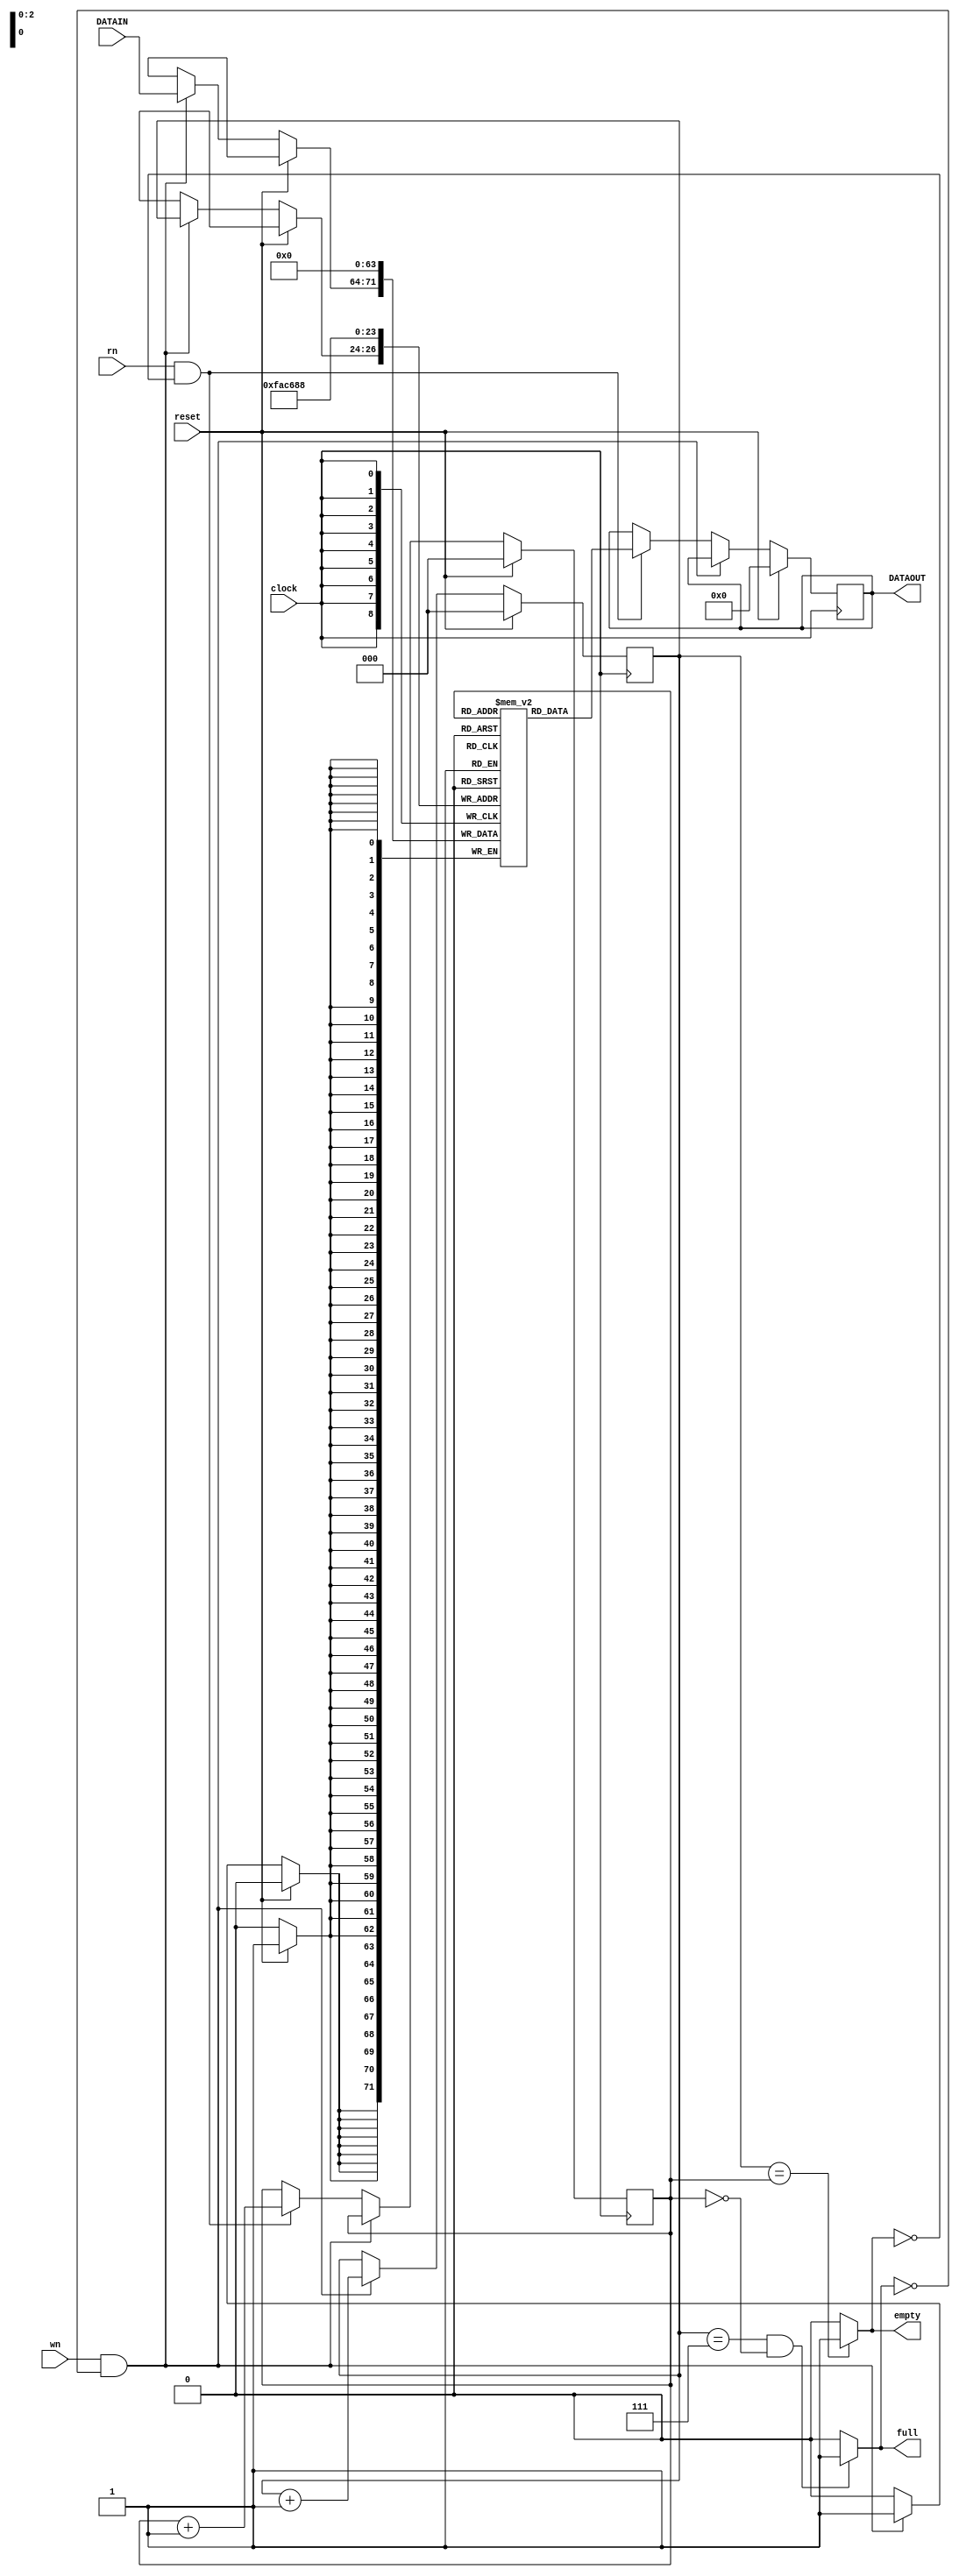
module FIFO(DATAOUT, full, empty, clock, reset, wn, rn, DATAIN);
  output reg [7:0] DATAOUT;
  output full, empty;
  input [7:0] DATAIN;
  input clock, reset, wn, rn; 
  reg [2:0] wptr, rptr; 
  reg [7:0] memory [7:0]; 
  
  assign full = ( (wptr == 3'b111) & (rptr == 3'b000) ? 1 : 0 );
  assign empty = (wptr == rptr) ? 1 : 0;
  
  always @(posedge clock )
  begin
    if (reset)
      begin
        memory[0] <= 0; memory[1] <= 0; memory[2] <= 0; memory[3] <= 0;
        memory[4] <= 0; memory[5] <= 0; memory[6] <= 0; memory[7] <= 0;
        DATAOUT <= 0; wptr <= 0; rptr <= 0;
      end
    else if (wn & !full)
      begin
        memory[wptr] <= DATAIN;
        wptr <= wptr + 1;
      end
    else if (rn & !empty)
      begin
        DATAOUT <= memory[rptr];
        rptr <= rptr + 1;
      end
  end
endmodule